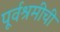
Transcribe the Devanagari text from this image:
पूर्वश्रमीची